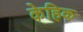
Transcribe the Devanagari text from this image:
केहिक